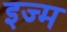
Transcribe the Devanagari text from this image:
इज्म